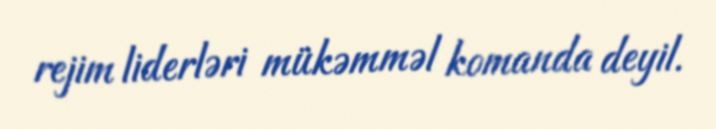
rejim liderləri mükəmməl komanda deyil.